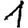
Digit: 1